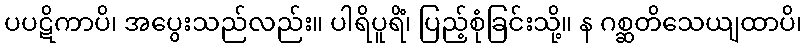
ပပဋိကာပိ၊ အပွေးသည်လည်း။ ပါရိပူရိံ၊ ပြည့်စုံခြင်းသို့။ န ဂစ္ဆတိသေယျထာပိ၊